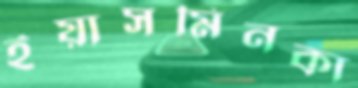
ইয়াসমিনকা